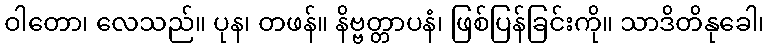
ဝါတော၊ လေသည်။ ပုန၊ တဖန်။ နိဗ္ဗတ္တာပနံ၊ ဖြစ်ပြန်ခြင်းကို။ သာဒိတိနုခေါ၊